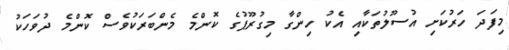
މިފަދަ ހަރުކަށި އުސޫލުތަކާއި އެކު ހިންގާ މިގުރޫޕުގެ ކޮންމެ މެންބަރަކުވެސް ކޮންމެ ދުވަހަކު